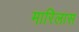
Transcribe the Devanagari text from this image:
मारिलास